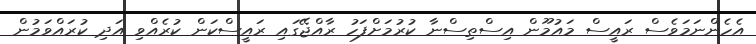
އެހެންނަމަވެސް ރައީސް މައުމޫން އިސްތިސްނާ ކުރުމަށްފަހު ރާއްޖޭގައި ރައީސްކަން ކުރެއްވި އަދި ކުރައްވަމުން